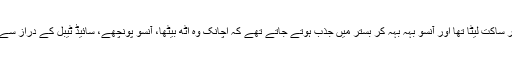
پچھلے کئی گھنٹوں سے وہ بستر پر ساکت لیٹا تھا اور آنسو بہہ بہہ کر بستر میں جذب ہوتے جاتے تھے کہ اچانک وہ اٹھ بیٹھا، آنسو پونچھے، سائیڈ ٹیبل کے دراز سے ڈائری نکالی اور لکھنا شروع کیا۔